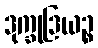
ဒုက္ခုဒြယဉ္စ